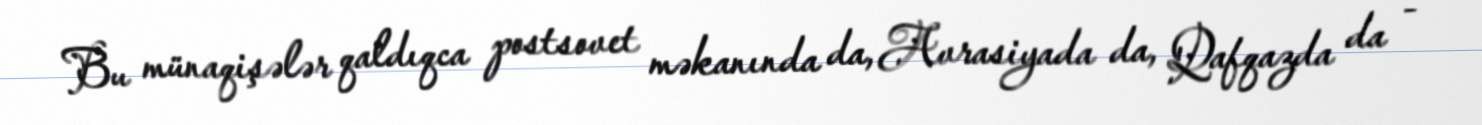
Bu münaqişələr qaldıqca postsovet məkanında da, Avrasiyada da, Qafqazda da -